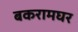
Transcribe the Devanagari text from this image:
बकरामघर